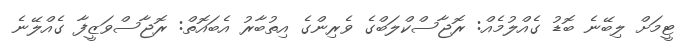
ޓީމަށް ލިބޭނެ ބޮޑު ގެއްލުމެއް: ރޮޖާސްކްލަބްގެ ވެރިންގެ އިތުބާރު އެބައޮތް: ރޮޖާސްވަޒީފާ ގެއްލޭނެ